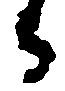
守